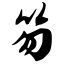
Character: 笏